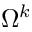
\Omega ^ { k }